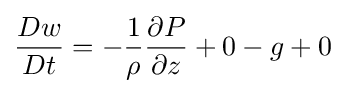
{Dw \over Dt}=-{1 \over \rho }{\partial P \over \partial z}+0-g+0